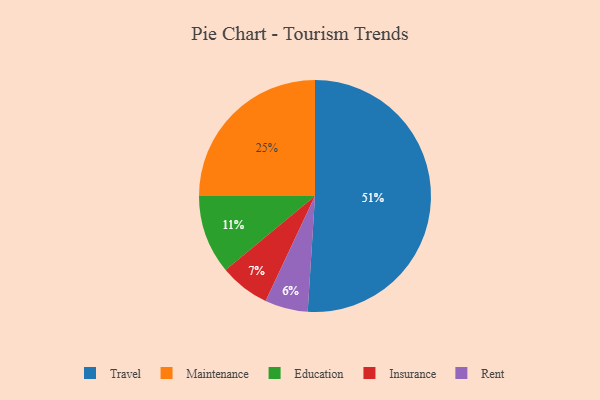
{"axis": {"x": "Category", "y": "Percentage"}, "legend": ["Education", "Insurance", "Maintenance", "Rent", "Travel"], "data": [{"x": "Education", "y": 11, "type": "Education"}, {"x": "Rent", "y": 6, "type": "Rent"}, {"x": "Insurance", "y": 7, "type": "Insurance"}, {"x": "Maintenance", "y": 25, "type": "Maintenance"}, {"x": "Travel", "y": 51, "type": "Travel"}]}